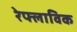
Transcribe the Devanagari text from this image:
रेफ्लाविक